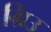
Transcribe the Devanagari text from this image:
ग्रिउ